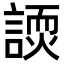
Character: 𬢽